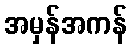
အမှန်အကန်